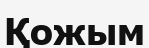
Қожым